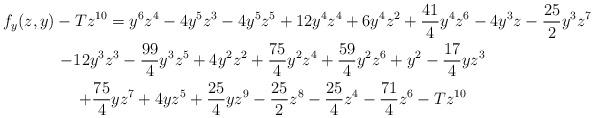
LaTeX: \begin{gather*} f_y(z,y)-Tz^{10}= y^6z^4-4y^5z^3-4y^5z^5+12y^4z^4+6y^4z^2+\frac{41}{4}y^4z^6-4y^3z-\frac{25}{2}y^3z^7\\-12y^3z^3-\frac{99}{4}y^3z^5+4y^2z^2+\frac{75}{4}y^2z^4+\frac{59}{4}y^2z^6+y^2-\frac{17}{4}yz^3\\+\frac{75}{4}yz^7+4yz^5+\frac{25}{4}yz^9-\frac{25}{2}z^8-\frac{25}{4}z^4-\frac{71}{4}z^6-Tz^{10}\end{gather*}